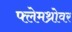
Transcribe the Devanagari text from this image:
फ्लेमथ्रोवर